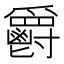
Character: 𲌥